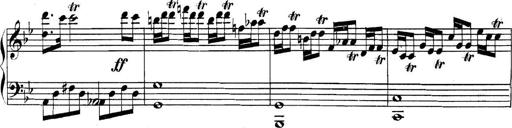
Title: Collected Piano Sonatas
Composer: Muzio Clementi